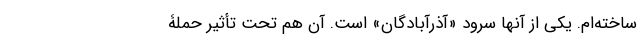
ساخته‌ام. یکی از آنها سرود «آذرآبادگان» است. آن هم تحت تأثیر حملۀ